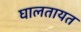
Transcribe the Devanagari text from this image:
घालतायत